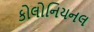
કોલોનિયનલ